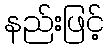
နည်းဖြင့်